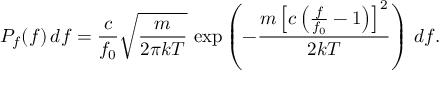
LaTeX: P _ { f } ( f ) \, d f = { \frac { c } { f _ { 0 } } } { \sqrt { \frac { m } { 2 \pi k T } } } \, \exp \left( - { \frac { m \left[ c \left( { \frac { f } { f _ { 0 } } } - 1 \right) \right] ^ { 2 } } { 2 k T } } \right) \, d f .